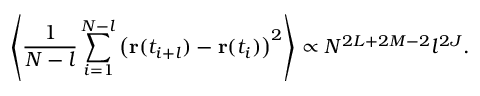
\left< \frac { 1 } { N - l } \sum _ { i = 1 } ^ { N - l } \left( \mathbf { r } ( t _ { i + l } ) - \mathbf { r } ( t _ { i } ) \right) ^ { 2 } \right> \propto N ^ { 2 L + 2 M - 2 } l ^ { 2 J } .